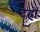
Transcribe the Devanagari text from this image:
देह्रों